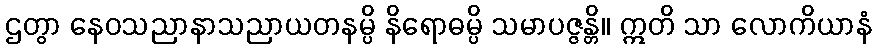
ဌတွာ နေဝသညာနာသညာယတနမ္ပိ နိရောဓမ္ပိ သမာပဇ္ဇန္တိ။ ဣတိ သာ လောကိယာနံ